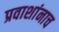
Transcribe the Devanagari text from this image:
प्रवाशांनाच